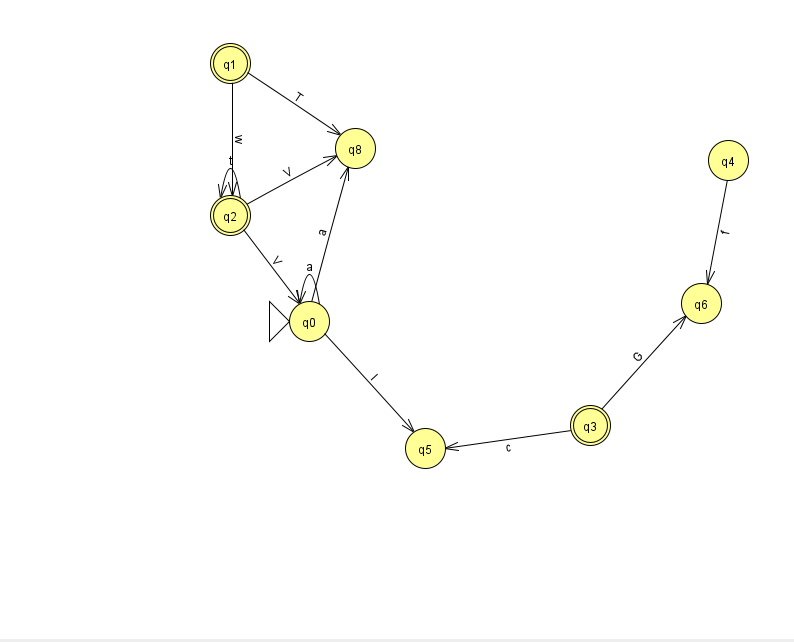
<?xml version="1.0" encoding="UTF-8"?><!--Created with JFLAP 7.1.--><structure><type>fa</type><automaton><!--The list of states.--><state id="0" name="q0"><x>309.0</x><y>308.0</y><initial/></state><state id="1" name="q1"><x>230.0</x><y>50.0</y><final/></state><state id="2" name="q2"><x>230.0</x><y>202.0</y><final/></state><state id="3" name="q3"><x>590.0</x><y>412.0</y><final/></state><state id="4" name="q4"><x>728.0</x><y>147.0</y></state><state id="5" name="q5"><x>425.0</x><y>435.0</y></state><state id="6" name="q6"><x>701.0</x><y>290.0</y></state><state id="8" name="q8"><x>355.0</x><y>135.0</y></state><!--The list of transitions.--><transition><from>0</from><to>5</to><read>I</read></transition><transition><from>0</from><to>0</to><read>a</read></transition><transition><from>2</from><to>2</to><read>t</read></transition><transition><from>0</from><to>8</to><read>a</read></transition><transition><from>1</from><to>2</to><read>w</read></transition><transition><from>4</from><to>6</to><read>f</read></transition><transition><from>2</from><to>0</to><read>V</read></transition><transition><from>3</from><to>6</to><read>G</read></transition><transition><from>3</from><to>5</to><read>c</read></transition><transition><from>1</from><to>8</to><read>T</read></transition><transition><from>2</from><to>8</to><read>V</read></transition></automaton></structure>